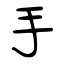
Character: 手